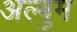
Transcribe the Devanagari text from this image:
अल्बुम